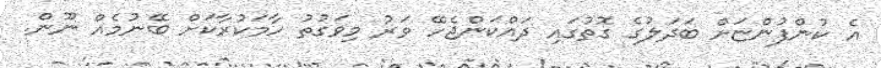
އެ ކުންފުންޏަށް ބަދަލުގެ ގޮތުގައި ދައްކަންޖެހޭ ވަރު މިވަގުތު ހާމަކުރާކަށް ބޭނުމެއް ނޫން.